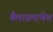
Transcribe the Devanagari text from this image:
बैलाप्रमाणेच